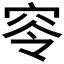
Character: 𥥋